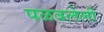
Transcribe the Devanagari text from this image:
पळवलेली